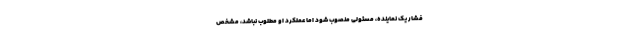
فشار یک نماینده، مسئولی منصوب شود اما عملکرد او مطلوب نباشد، مشخص